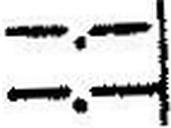
—.—